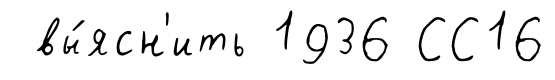
вы́ясн'ить 1936 СС16